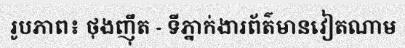
រូបភាព៖ ថុងញ៉ឹត - ទីភ្នាក់ងារព័ត៌មានវៀតណាម